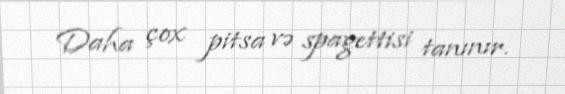
Daha çox pitsa və spagettisi tanınır.